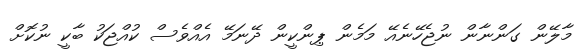
މާލޭން ގަންނާން ނުޖެހޭނެއޭ މަމެން ޕިންކީން ދޭނަމޭ އެއްވެސް ކުއްޖަކު ބާކީ ނުކޮށް